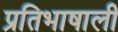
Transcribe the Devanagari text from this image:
प्रतिभाषाली